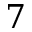
7